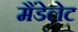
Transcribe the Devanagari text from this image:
मैंडेलेट